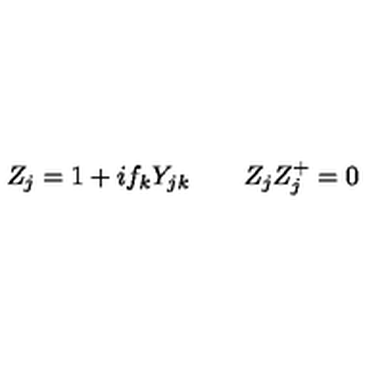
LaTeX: Z _ { j } = 1 + i f _ { k } Y _ { j k } \qquad Z _ { j } Z _ { j } ^ { + } = 0